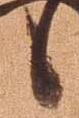
候